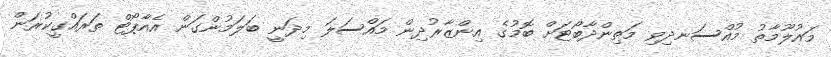
މައުލޫމާތު މުއްސަނދިވި މަތިންދާބޯޓަށް ބޮމުގެ އިންޒާރުދިން މައްސަލަ މިދަނީ ބަލަމުންގަން އެއާޕޯޓް ތަރައްގީކުރަން